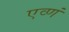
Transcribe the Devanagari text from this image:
एव्णं